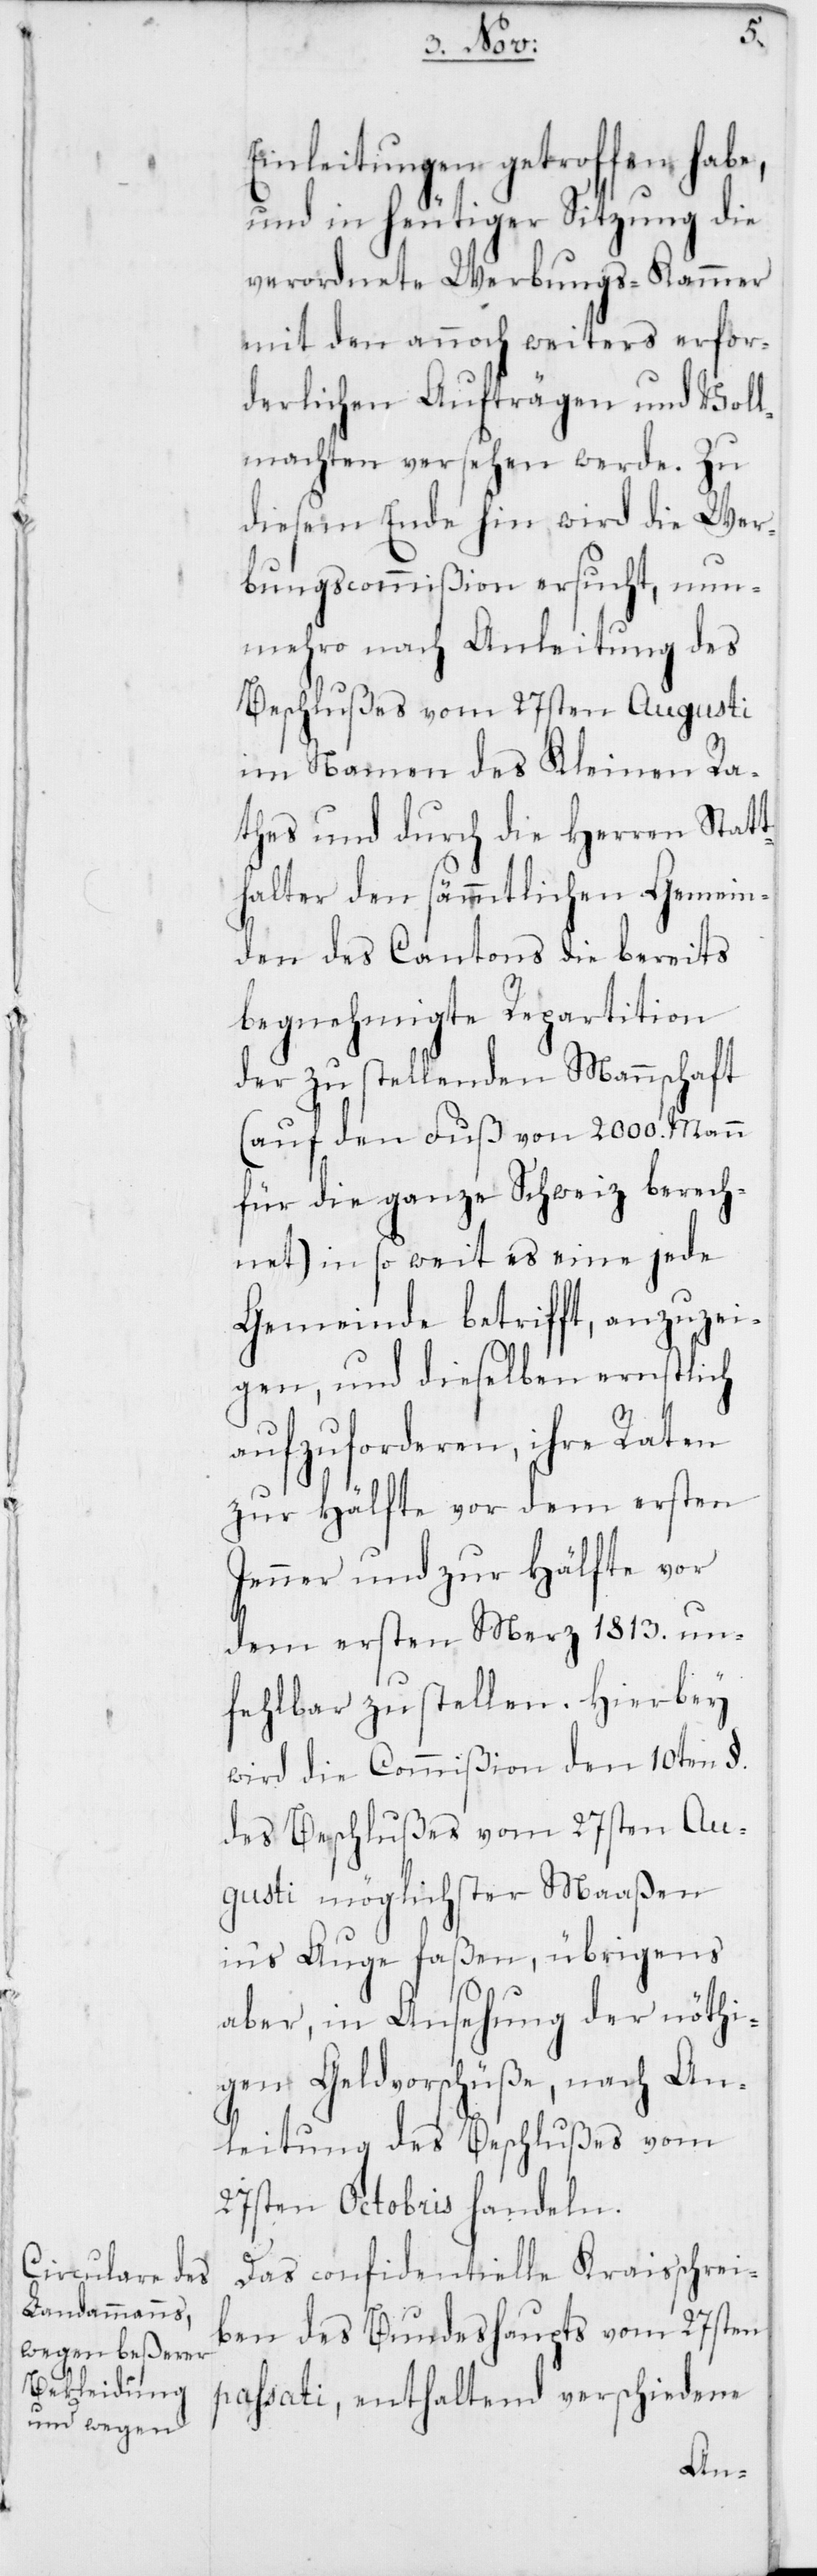
Einleitungen getroffen hab¬
und in heutiger Sitzung die
verordnete Werbungs-Kammer
mit den annoch weiters erfor¬
derlichen Aufträgen und Voll¬
machten versehen werde. Zu
diesem Ende hin, wird die Wer¬
bungscommißion ersucht, nun¬
mehro nach Anleitung des
Beschlußes vom 27sten Augusti
im Namen des Kleinen Ra¬
thes und durch die Herren Statt¬
halter den sämmtlichen Gemein¬
den des Cantons die bereits
begnehmigte Repartition
der zu stellenden Mannschaft
(auf den Fuß von 2000. Mann
für die ganze Schweiz berech¬
net) in so weit es eine jede
Gemeinde betrifft, anzuzei¬
gen, und dieselben ernstlich
aufzuforderen, ihre Raten
zur Hälfte vor dem ersten
Jenner und zur Hälfte vor
dem ersten Merz 1813. un¬
fehlbar zu stellen. Hierbey
wird die Commißion den 10ten §.
des Beschlußes vom 27sten Au¬
gusti möglichster Maaßen
ins Auge faßen, übrigens
aber, in Ansehung der nöthi¬
gen Geldvorschüße, nach An¬
leitung des Beschlußes vom
27sten Octobris handeln.
Das confidentielle Kraisschrei¬
ben des Bundeshaupts vom 27sten
passati, enthaltend verschiedene
e,